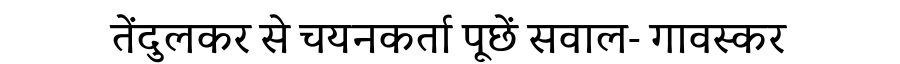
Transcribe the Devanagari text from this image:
तेंदुलकर से चयनकर्ता पूछें सवाल- गावस्कर